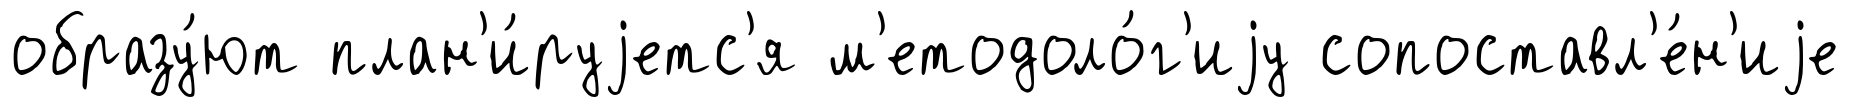
образу́ют план'и́руjетс'я м'етодоло́г'иjу сопоставл'е́н'иjе